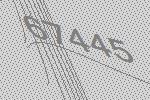
67445